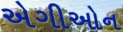
એગીઓન